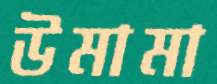
উমামা